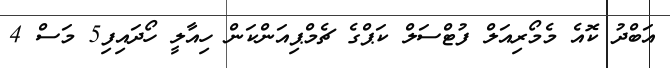
އަބްދު ކޮއެ މެމޯރިއަލް ފުޓްސަލް ކަޕްގެ ޗެމްޕިއަންކަން ހިއާލީ ހޯދައިފި5 މަސް 4